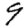
Digit: 9